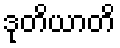
ဒုတိယာတိ